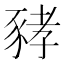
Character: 𧱐